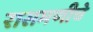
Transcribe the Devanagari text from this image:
रासमणीचे